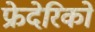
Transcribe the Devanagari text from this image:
फ्रेदेरिको